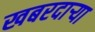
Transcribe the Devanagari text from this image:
खबरदार्‍या